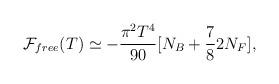
LaTeX: \begin{align*}{\cal F}_{free}(T) \simeq -{\pi^{2} T^4\over 90} [ N_B + {7 \over 8} 2 N_F],\end{align*}